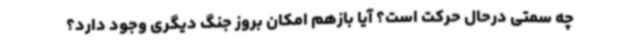
چه سمتی درحال حرکت است؟ آیا بازهم امکان بروز جنگ دیگری وجود دارد؟